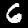
Label: 6